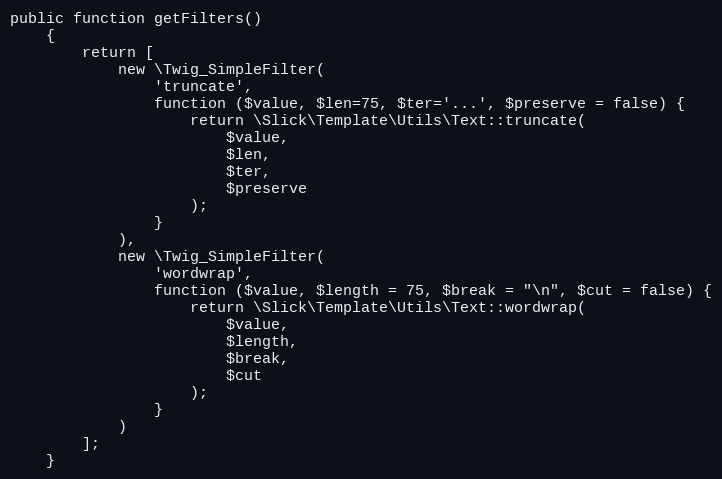
Language: PHP
public function getFilters()
    {
        return [
            new \Twig_SimpleFilter(
                'truncate',
                function ($value, $len=75, $ter='...', $preserve = false) {
                    return \Slick\Template\Utils\Text::truncate(
                        $value,
                        $len,
                        $ter,
                        $preserve
                    );
                }
            ),
            new \Twig_SimpleFilter(
                'wordwrap',
                function ($value, $length = 75, $break = "\n", $cut = false) {
                    return \Slick\Template\Utils\Text::wordwrap(
                        $value,
                        $length,
                        $break,
                        $cut
                    );
                }
            )
        ];
    }